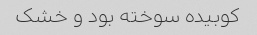
کوبیده سوخته بود و خشک